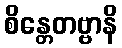
စိန္တေတဗ္ဗာနိ